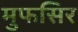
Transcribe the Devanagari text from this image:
मुफसिर